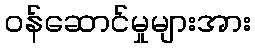
ဝန်ဆောင်မှုများအား